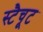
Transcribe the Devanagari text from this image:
स्टैचूट